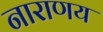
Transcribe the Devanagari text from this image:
नाराणय